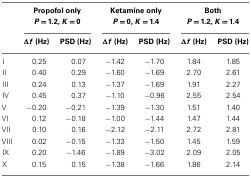
<table><thead><tr><td></td><td colspan="2"><b>Propofol only<i>P</i> = 1.2, <i>K</i> = 0</b></td><td colspan="2"><b>Ketamine only<i>P</i> = 0, <i>K</i> = 1.4</b></td><td colspan="2"><b>Both<i>P</i> = 1.2, <i>K</i> = 1.4</b></td></tr><tr><td></td><td><b>Δ<i>f</i> (Hz)</b></td><td><b>PSD (Hz)</b></td><td><b>Δ<i>f</i> (Hz)</b></td><td><b>PSD (Hz)</b></td><td><b>Δ<i>f</i> (Hz)</b></td><td><b>PSD (Hz)</b></td></tr></thead><tbody><tr><td>I</td><td>0.25</td><td>0.07</td><td>−1.42</td><td>−1.70</td><td>1.84</td><td>1.85</td></tr><tr><td>II</td><td>0.40</td><td>0.29</td><td>−1.60</td><td>−1.69</td><td>2.70</td><td>2.61</td></tr><tr><td>III</td><td>0.24</td><td>0.13</td><td>−1.37</td><td>−1.69</td><td>1.91</td><td>2.27</td></tr><tr><td>IV</td><td>0.45</td><td>0.37</td><td>−1.10</td><td>−0.96</td><td>2.55</td><td>2.54</td></tr><tr><td>V</td><td>−0.20</td><td>−0.21</td><td>−1.39</td><td>−1.30</td><td>1.51</td><td>1.40</td></tr><tr><td>VI</td><td>0.12</td><td>−0.18</td><td>−1.00</td><td>−1.44</td><td>1.47</td><td>1.44</td></tr><tr><td>VII</td><td>0.10</td><td>0.16</td><td>−2.12</td><td>−2.11</td><td>2.72</td><td>2.81</td></tr><tr><td>VIII</td><td>0.02</td><td>−0.15</td><td>−1.33</td><td>−1.50</td><td>1.45</td><td>1.59</td></tr><tr><td>IX</td><td>0.20</td><td>−1.46</td><td>−1.89</td><td>−3.02</td><td>2.09</td><td>2.05</td></tr><tr><td>X</td><td>0.15</td><td>0.15</td><td>−1.38</td><td>−1.66</td><td>1.86</td><td>2.14</td></tr></tbody></table>